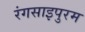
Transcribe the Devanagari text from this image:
रंगसाइपुरम